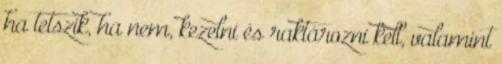
ha tetszik, ha nem, kezelni és raktározni kell, valamint